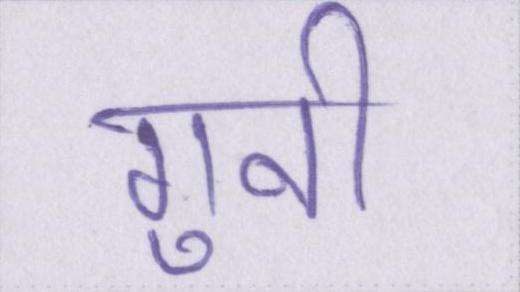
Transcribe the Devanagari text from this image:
गुनी